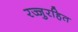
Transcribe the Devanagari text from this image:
रज्जुरहित